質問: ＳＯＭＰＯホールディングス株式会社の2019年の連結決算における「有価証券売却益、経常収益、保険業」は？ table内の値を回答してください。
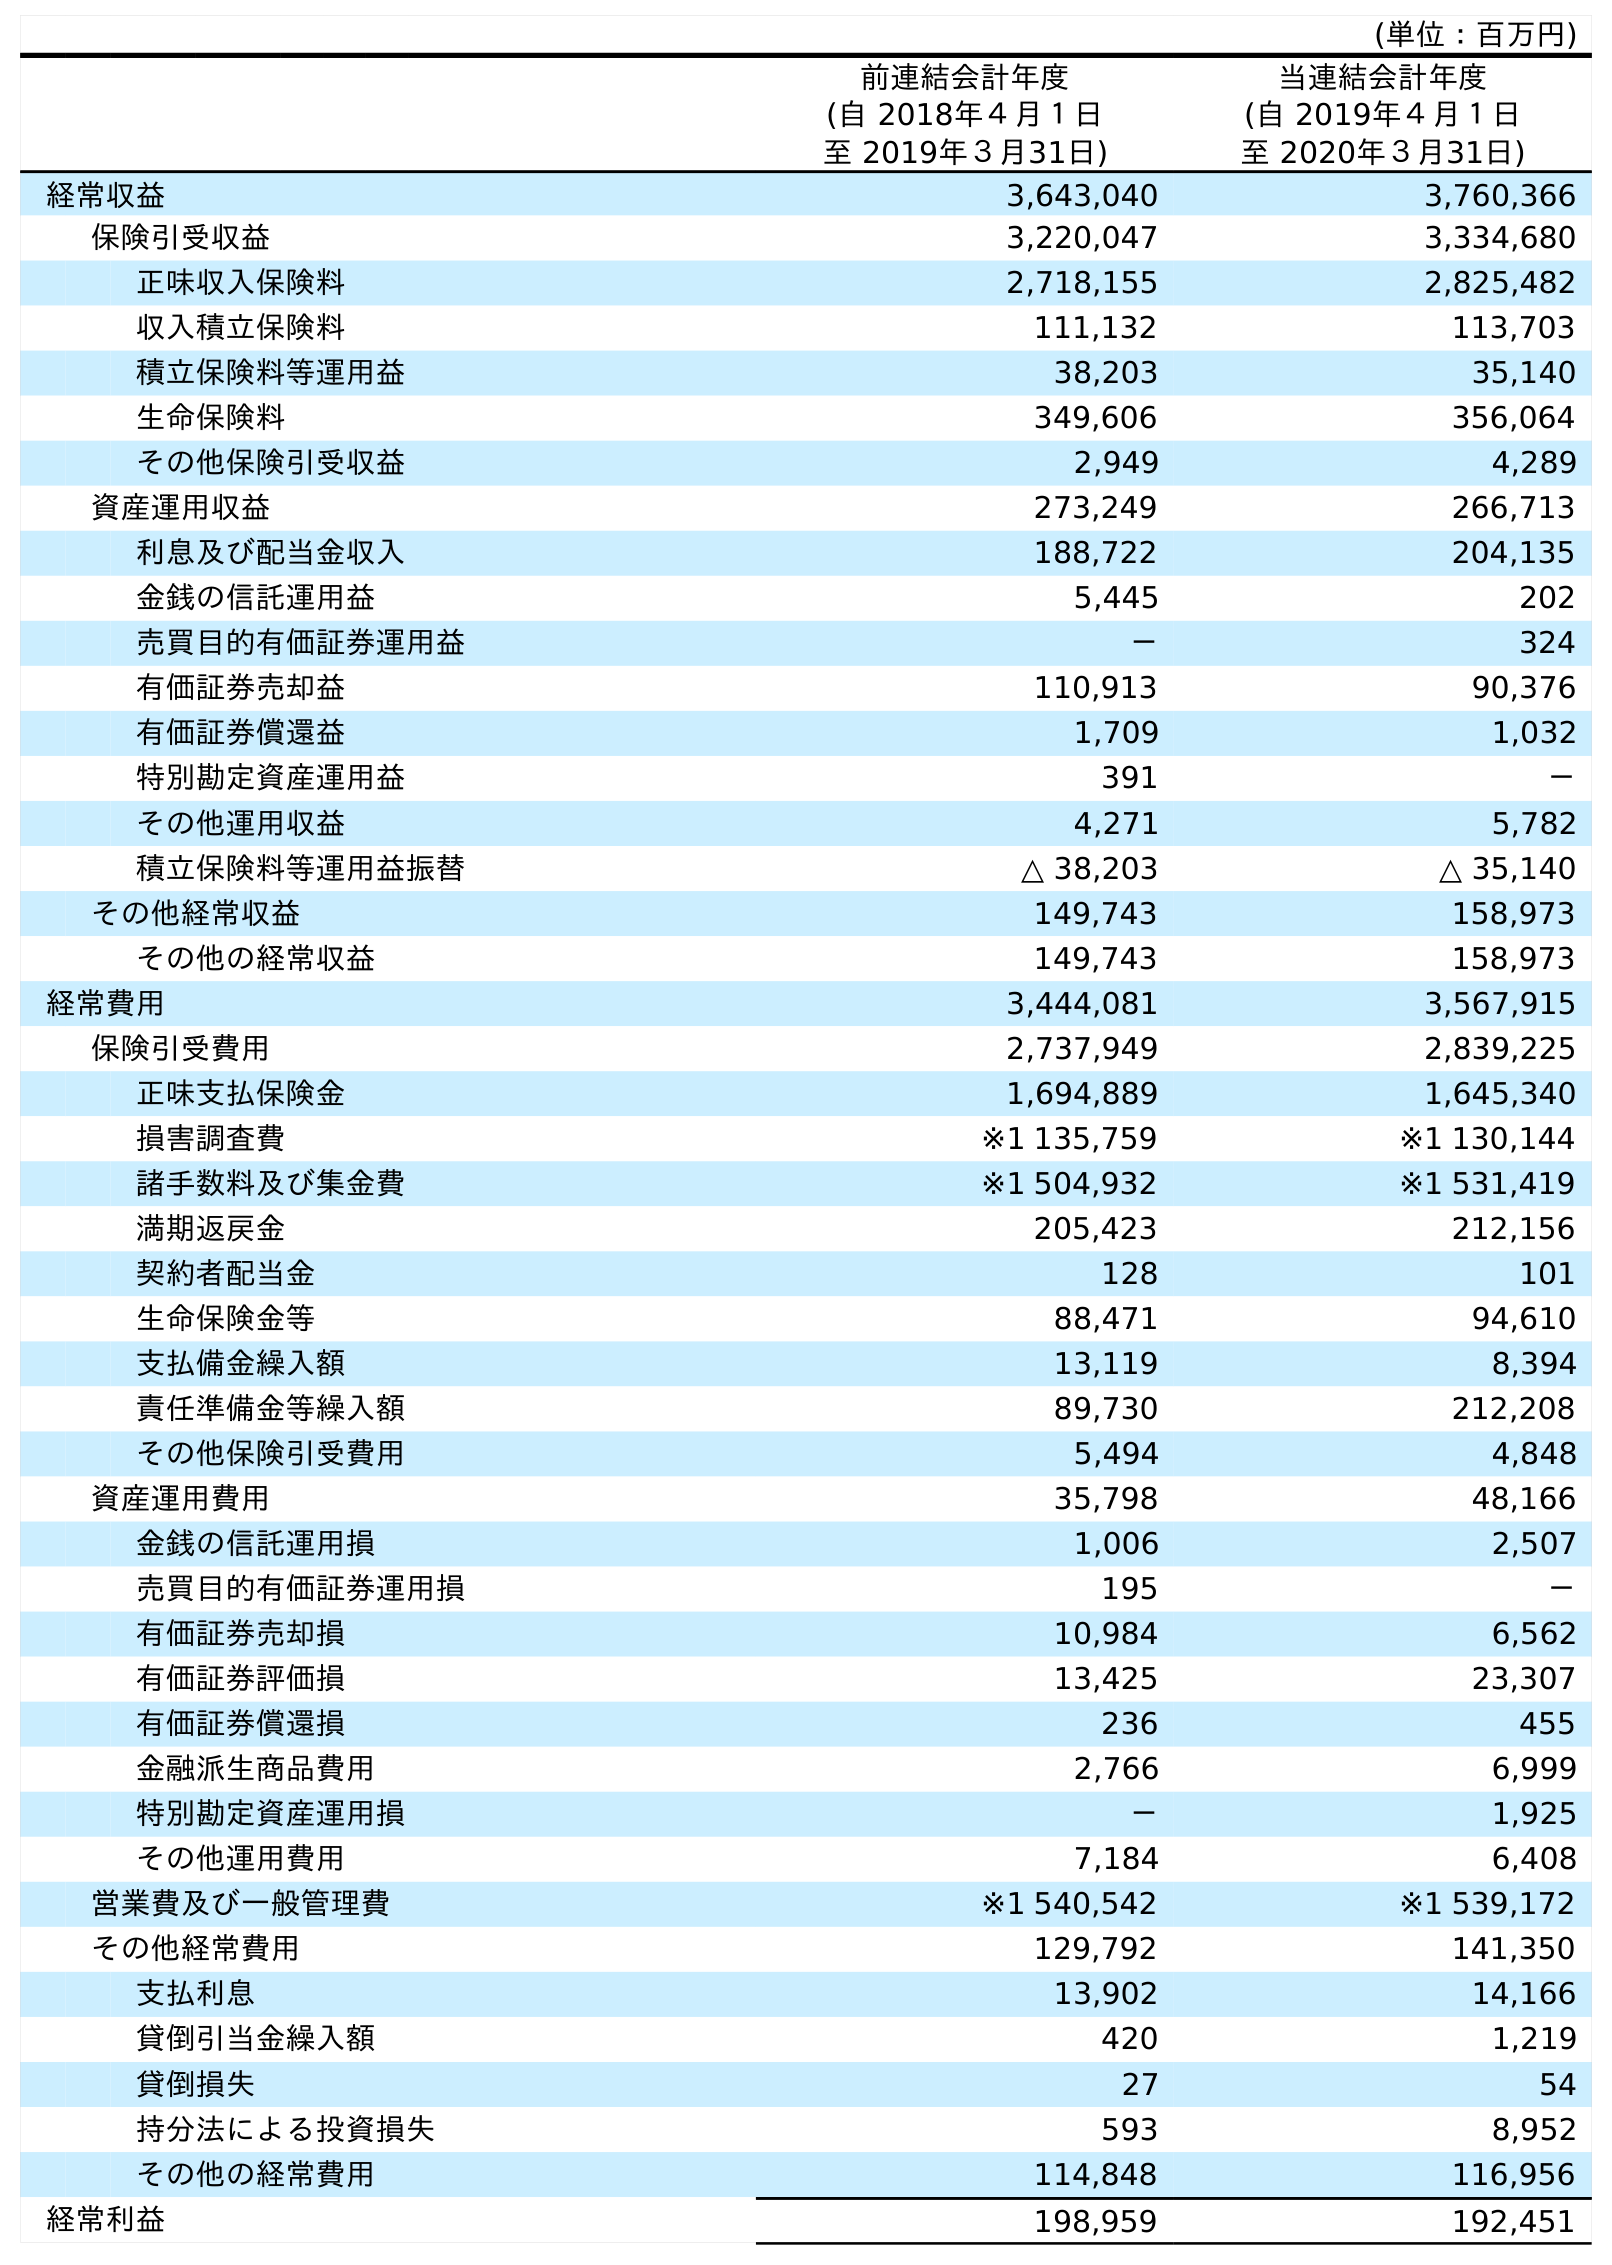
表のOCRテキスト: (単位：百万円) 前連結会計年度 (自 2018年４月１日 至 2019年３月31日) 当連結会計年度 (自 2019年４月１日 至 2020年３月31日) 経常収益 3,643,040 3,760,366 保険引受収益 3,220,047 3,334,680 正味収入保険料 2,718,155 2,825,482 収入積立保険料 111,132 113,703 積立保険料等運用益 38,203 35,140 生命保険料 349,606 356,064 その他保険引受収益 2,949 4,289 資産運用収益 273,249 266,713 利息及び配当金収入 188,722 204,135 金銭の信託運用益 5,445 202 売買目的有価証券運用益 － 324 有価証券売却益 110,913 90,376 有価証券償還益 1,709 1,032 特別勘定資産運用益 391 － その他運用収益 4,271 5,782 積立保険料等運用益振替 △ 38,203 △ 35,140 その他経常収益 149,743 158,973 その他の経常収益 149,743 158,973 経常費用 3,444,081 3,567,915 保険引受費用 2,737,949 2,839,225 正味支払保険金 1,694,889 1,645,340 損害調査費 ※1 135,759 ※1 130,144 諸手数料及び集金費 ※1 504,932 ※1 531,419 満期返戻金 205,423 212,156 契約者配当金 128 101 生命保険金等 88,471 94,610 支払備金繰入額 13,119 8,394 責任準備金等繰入額 89,730 212,208 その他保険引受費用 5,494 4,848 資産運用費用 35,798 48,166 金銭の信託運用損 1,006 2,507 売買目的有価証券運用損 195 － 有価証券売却損 10,984 6,562 有価証券評価損 13,425 23,307 有価証券償還損 236 455 金融派生商品費用 2,766 6,999 特別勘定資産運用損 － 1,925 その他運用費用 7,184 6,408 営業費及び一般管理費 ※1 540,542 ※1 539,172 その他経常費用 129,792 141,350 支払利息 13,902 14,166 貸倒引当金繰入額 420 1,219 貸倒損失 27 54 持分法による投資損失 593 8,952 その他の経常費用 114,848 116,956 経常利益 198,959 192,451
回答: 110,913